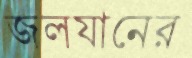
জলযানের